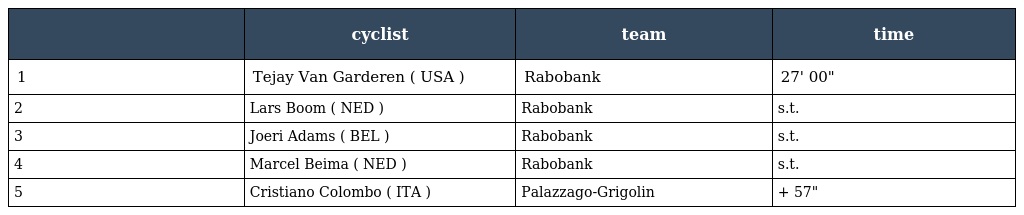
|  | cyclist | team | time |
 | --- | --- | --- | --- |
 | 1 | Tejay Van Garderen ( USA ) | Rabobank | 27' 00" |
 | 2 | Lars Boom ( NED ) | Rabobank | s.t. |
 | 3 | Joeri Adams ( BEL ) | Rabobank | s.t. |
 | 4 | Marcel Beima ( NED ) | Rabobank | s.t. |
 | 5 | Cristiano Colombo ( ITA ) | Palazzago-Grigolin | + 57" |